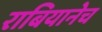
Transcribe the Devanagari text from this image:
राबियानेच